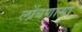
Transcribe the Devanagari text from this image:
लोंबणार्‍या